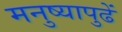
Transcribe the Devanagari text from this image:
मनुष्यापुढें